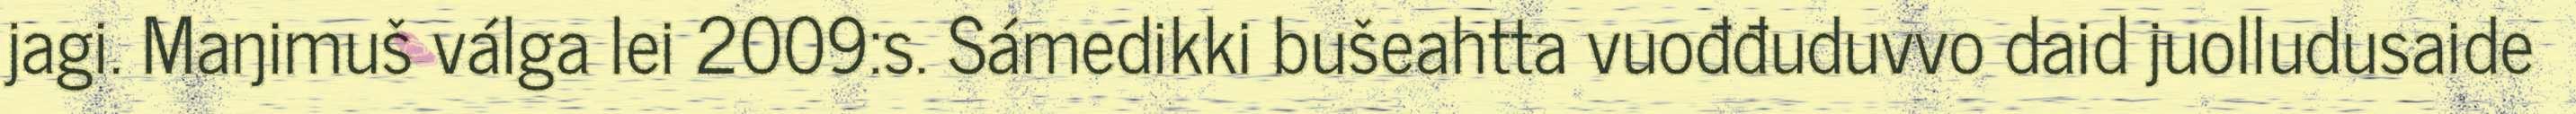
jagi. Maŋimuš válga lei 2009:s. Sámedikki bušeahtta vuođđuduvvo daid juolludusaide